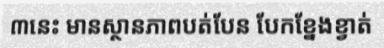
៣នេះ មានស្ថានភាពបត់បែន បែកខ្នែងខ្វាត់